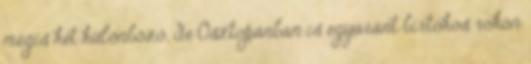
mégis két különböző, de Osztopánban is egyaránt birtokos rokon